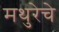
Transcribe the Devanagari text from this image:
मथुरेचे